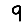
Digit: 9